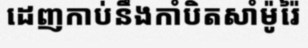
ដេញកាប់នឹងកាំបិតសាំម៉ូរ៉ៃ